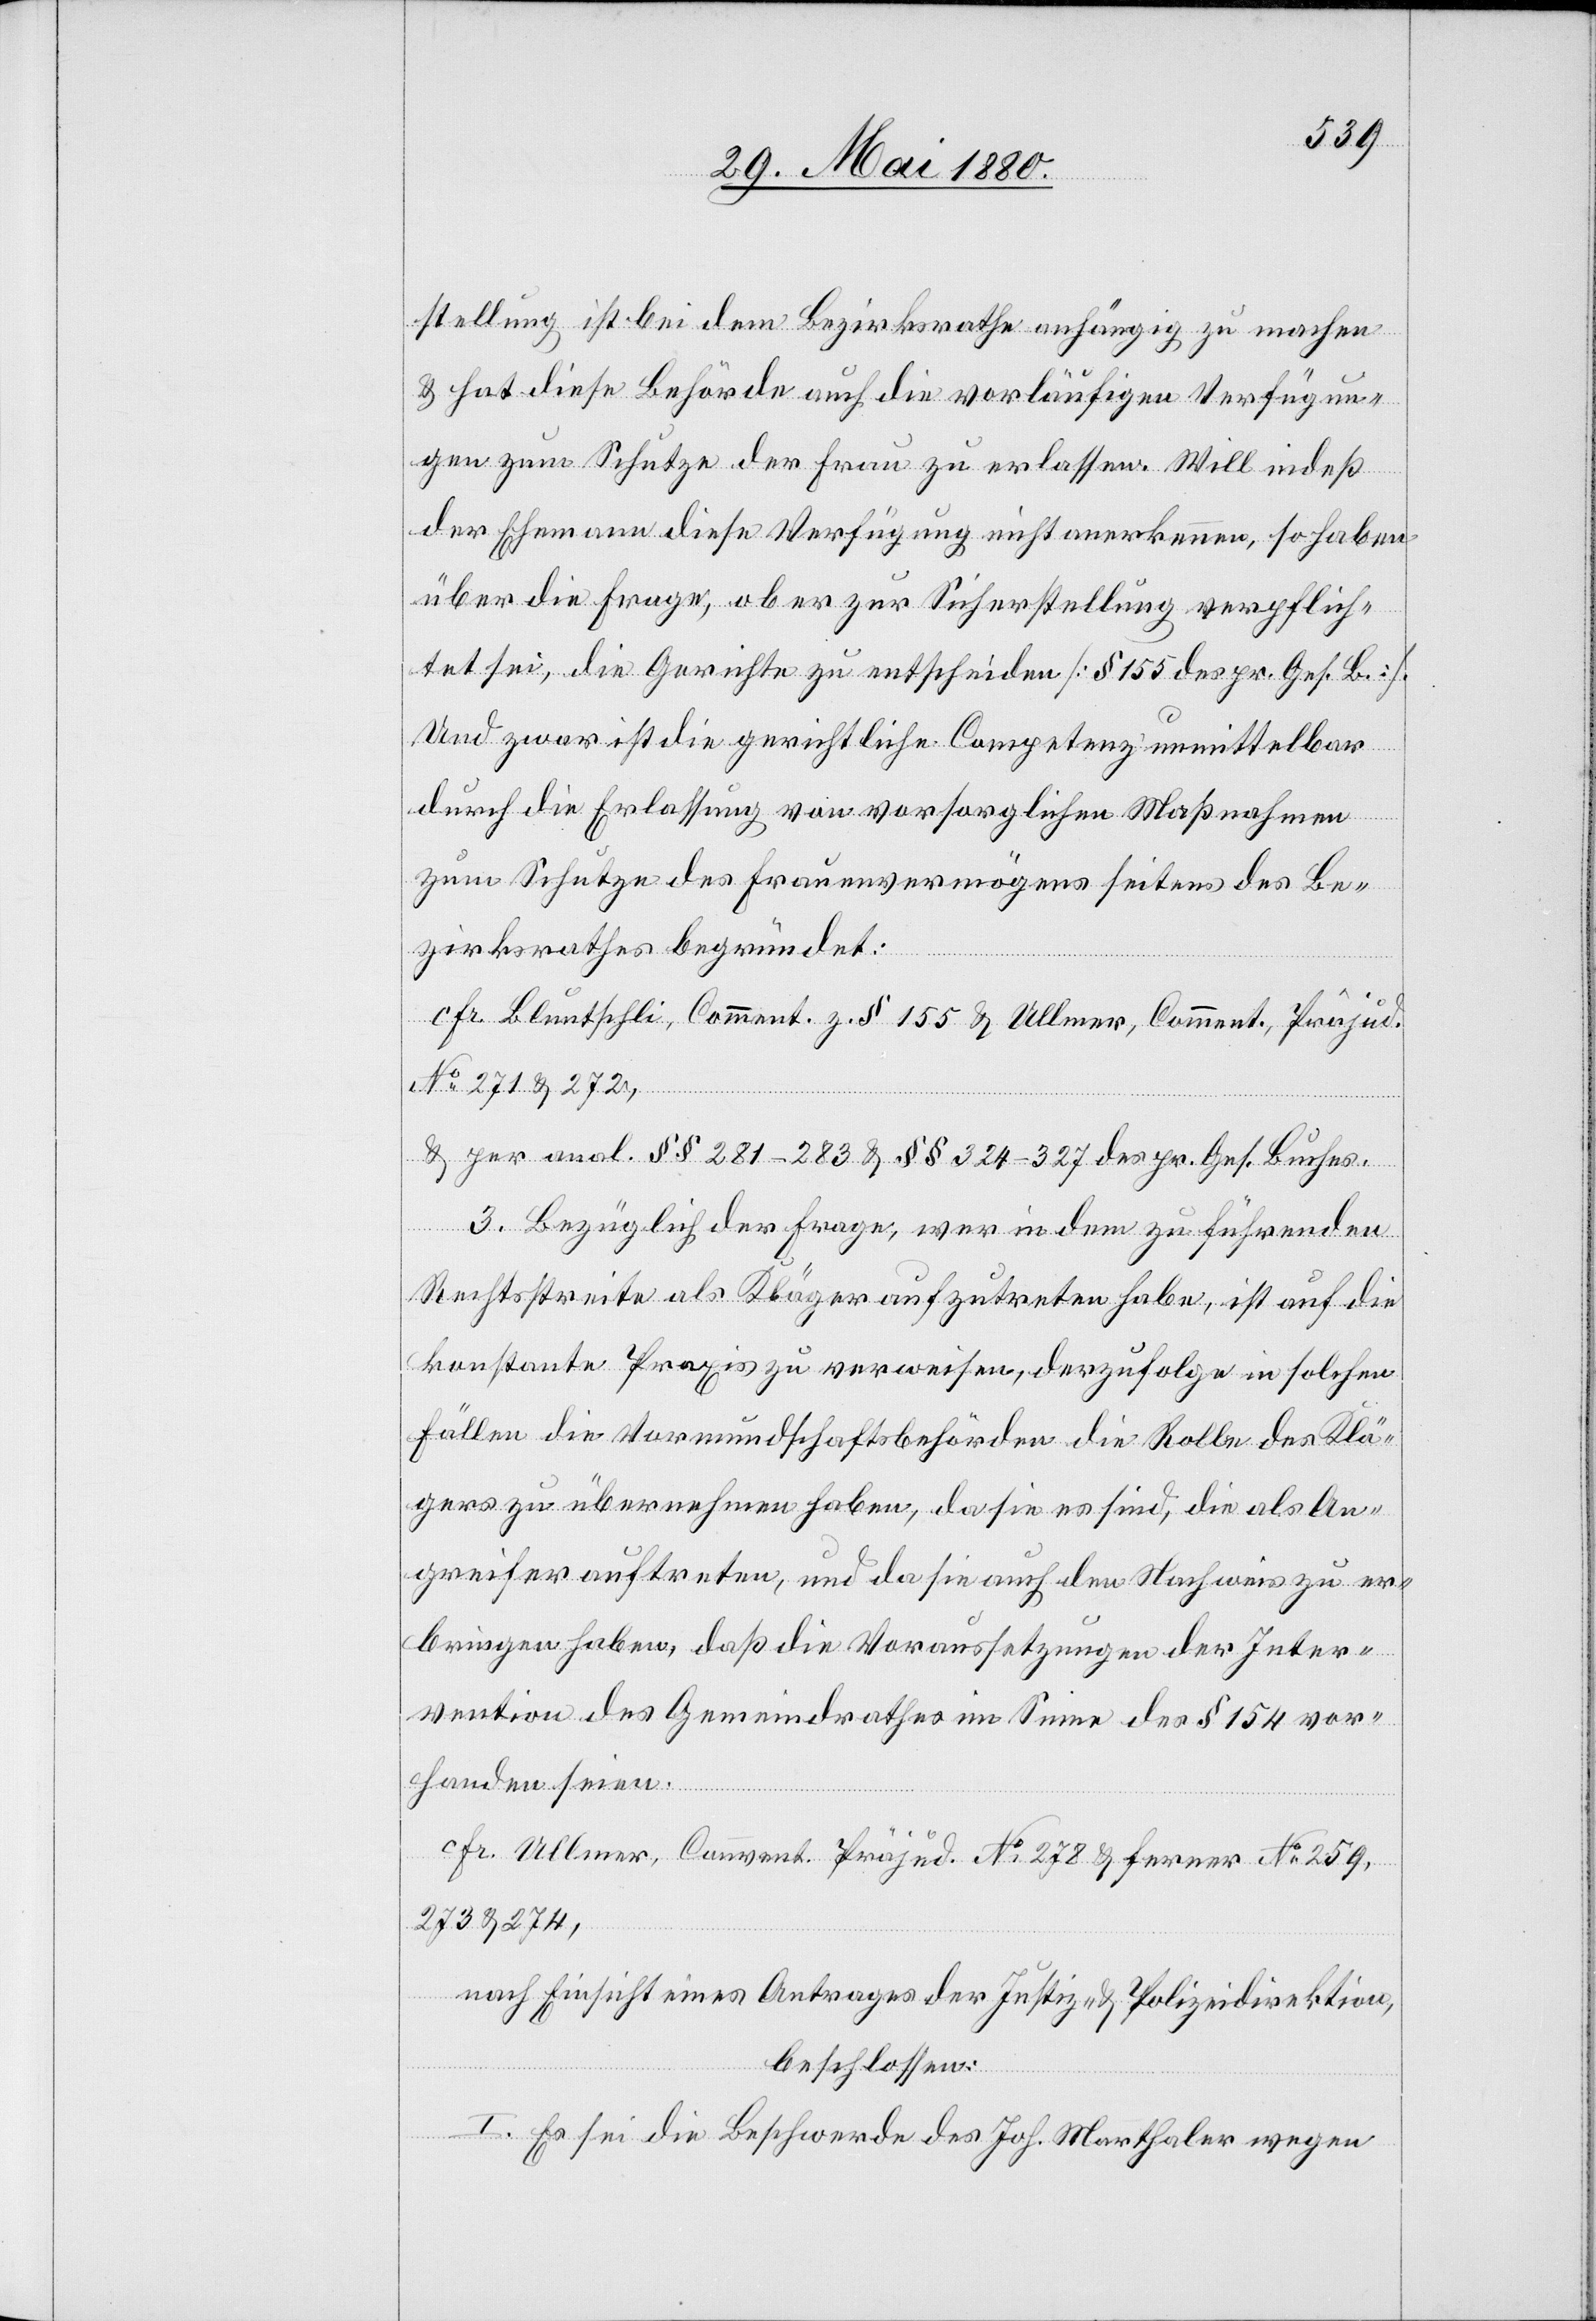
stellung ist bei dem Bezirksrathe anhängig zu machen
& hat diese Behörde auch die vorläufige Verfügun¬
gen zum Schutze der Frau zu erlassen. Will indeß
der Ehemann diese Verfügung nicht anerkennen, so haben
über die Frage, ob er zur Sicherstellung verpflich¬
tet sei, die Gerichte zu entscheiden [§ 155 des pr. Ges. B.].
Und zwar ist die gerichtliche Competenz unmittelbar
durch die Erlassung von vorsorglichen Maßnahmen
er¬
zum Schutze des Frauenvermögens seitens des Be¬
zirksrathes begründet.
cfr. Bluntschli, Comment. z. § 155 & Ullmer, Comment. Präjud.
No 271 & 272,
& per anal. §281–283, & §324–327 des pr. Ges. Buches.
3. Bezüglich der Frage, wer in dem zu führenden
Rechtsstreite als Kläger aufzutreten habe, ist auf die
konstante Praxis zu verweisen, derzufolge in solchen
Fällen die Vormundschaftsbehörden die Rolle des Klä¬
gers zu übernehmen haben, da sie auch den Nach¬
bringen haben, daß die Voraussetzungen der Inter¬
vention des Gemeindrathes im Sinne des § 154 vor¬
handen seien.
cfr. Ullmer, Comment. Präjud. No 278 & ferner No 259,
273 & 274,
nach Einsicht eines Antrages der Justiz- & Polizeidirektion,
beschlossen:
I. Es sei die Beschwerde des Joh. Marthaler wegen